Indian Medical Review
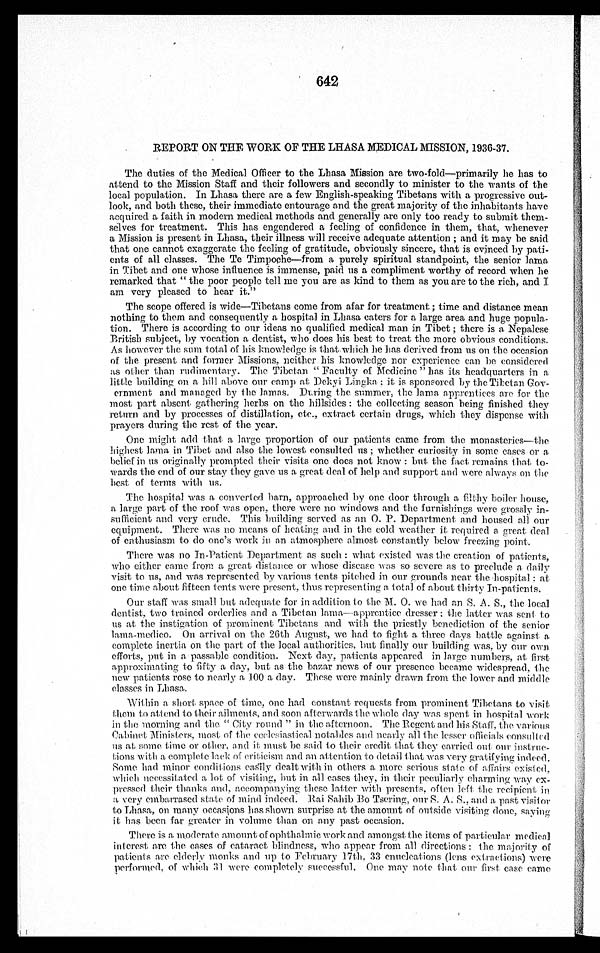
642
REPORT ON THE WORK OF THE LHASA MEDICAL MISSION, 1936-37.
•
The duties of the Medical Officer to the Lhasa Mission are two-fold—primarily he has to
attend to the Mission Staff and their followers and secondly to minister to the wants of the
local population. In Lhasa there are a few English-speaking Tibetans with a progressive out-
look, and both these, their immediate entourage and the great majority of the inhabitants have
acquired a faith in modern medical methods and generally are only too ready to submit them-
selves for treatment. This has engendered a feeling of confidence in them, that, whenever
a Mission is present in Lhasa, their illness will receive adequate attention ; and it may be said
that one cannot exaggerate the feeling of gratitude, obviously sincere, that is evinced by pati-
ents of all classes. The Te Timpoche—from a purely spiritual standpoint, the senior lama
in Tibet and one whose influence is immense, paid us a compliment worthy of record when he
remarked that “ the poor people tell me you are as kind to them as you are to the rich, and I
am very pleased to hear it.”
The scope offered is wide—Tibetans come from afar for treatment ; time and distance mean
nothing to them and consequently a hospital in Lhasa caters for a large area and huge popula-
tion. There is according to our ideas no qualified medical man in Tibet ; there is a Nepalese
British subject, by vocation a dentist, who does his best to treat the more obvious conditions.
As however the sum total of his knowledge is that which he has derived from us on the occasion
of the present and former Missions, neither his knowledge nor experience can be considered
as other than rudimentary. The Tibetan “ Faculty of Medicine ” has its headquarters in a
little building on a hill above our camp at Dekyi lingka ; it is sponsored by the Tibetan Gov-
ernment and managed by the lamas. During the summer, the lama apprentices arc for the
most part absent gathering herbs on the hillsides : the collecting season being finished they
return and by processes of distillation, ete., extract certain drugs, which they dispense with
prayers during the rest of the year.
One might add that a large proportion of our patients came from the monasteries—the
highest lama in Tibet and also the lowest consulted us ; whether curiosity in some cases or a
belief in us originally prompted their visits one does not know : but the fact remains that to-
wards the end of our stay they gave us a great deal of help and support and were always on the
best of terms with us.
The hospital was a converted barn, approached by one door through a filthy boiler house,
a large part of the roof was open, there were no windows and the furnishings were grossly in-
sufficient and very crude. This building served as an 0. P. Department and housed all our
equipment. There was no means of heating and in the cold weather it required a great deal
of enthusiasm to do one’s work in an atmosphere almost constantly below freezing point.
There was no In-Patient Department as such : what existed was the creation of patients,
who either came from a great d istance or whose disease was so severe as to preclude a daily
visit to us, and was represented by various tents pitched in our grounds near the hospital ;a t
one time about fifteen tents were present, thus representing a total of about thirty In-patients.
Our staff was small but adequate for in addition to the M. 0. we had an S. A. S., the local
dentist, two trained orderlies and a Tibetan lama—apprentice dresser ; the latter was s e n t t o
us at the instigation of prominent Tibetans and with the priestly benediction of the senior
lama-medico. On arrival on the 26th August, we had to fight a three days battle against a
complete inertia on the part of the local authorities, but finally our building was, by our own
efforts, put in a passable condition. Next day, patients appeared in large numbers, at first
approximating to fifty a day, but as the bazar news of our presence became widespread, the
new patients rose to nearly a 100 a day. These were mainly drawn from the lower and middle
classes in Lhasa.
Within a short space of time, one had constant requests from prominent Tibetans to visit
them to attend to their ailments, and soon afterwards the whole day was spent in hospital work
in the morning and the “ City round ” in the afternoon. The Regent and his Staff, the various
Cabinet Ministers, most of the ecclesiastical notables and nearly all the lesser officials c o n s u l t e d
us at some time or other, and it must be said to their credit that they carried out our instruc-
t ions with a complete lack of criticism and an attention to detail that was very gratifying indeed.
Some had minor conditions
easily dealt with in others a more serious state of affairs existed,
which necessitated a lot of visiting, but in all cases they, in their peculiarly charming way ex-
pressed their thanks and, accompany ing these latter with presents, often left the recipient in
a very embarrased state of mind indeed. Rai Sahib Bo Tsering, our S. A. S., and a past visitor
to Lhasa, on many occasions has shown surprise at the amount of outside visiting done, saying
it has been far greater in volume than on any past occasion.
There is a moderate amount of ophthalmic work and amongst the items of particular medical
interest are the cases of cataract blindness, who appear from all directions : the majority of
patients are elderly monks and up to February 17th, 33 enucleations (lens extractions) were
performed, of which 31 were completely successful. One may note that our first case came